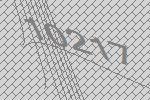
10217